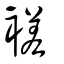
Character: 褨